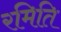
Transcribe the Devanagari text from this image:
रमिति